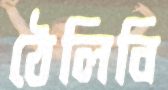
ঠেলিবি